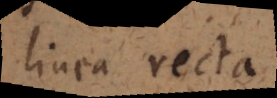
linea recta